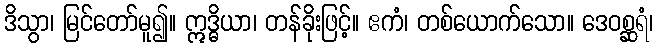
ဒိသွာ၊ မြင်တော်မူ၍။ ဣဒ္ဓိယာ၊ တန်ခိုးဖြင့်။ ဧကံ၊ တစ်ယောက်သော။ ဒေဝစ္ဆရံ၊